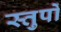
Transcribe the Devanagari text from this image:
स्तुपों